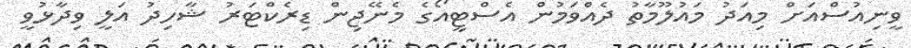
ވީނިއުސްއަށް މިއަދު މައުލޫމާތު ދެއްވަމުން އެސްޓީއޯގެ މެނޭޖިން ޑިރެކްޓަރު ޝާހިދު އަލީ ވިދާޅުވީ